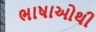
ભાષાઓથી